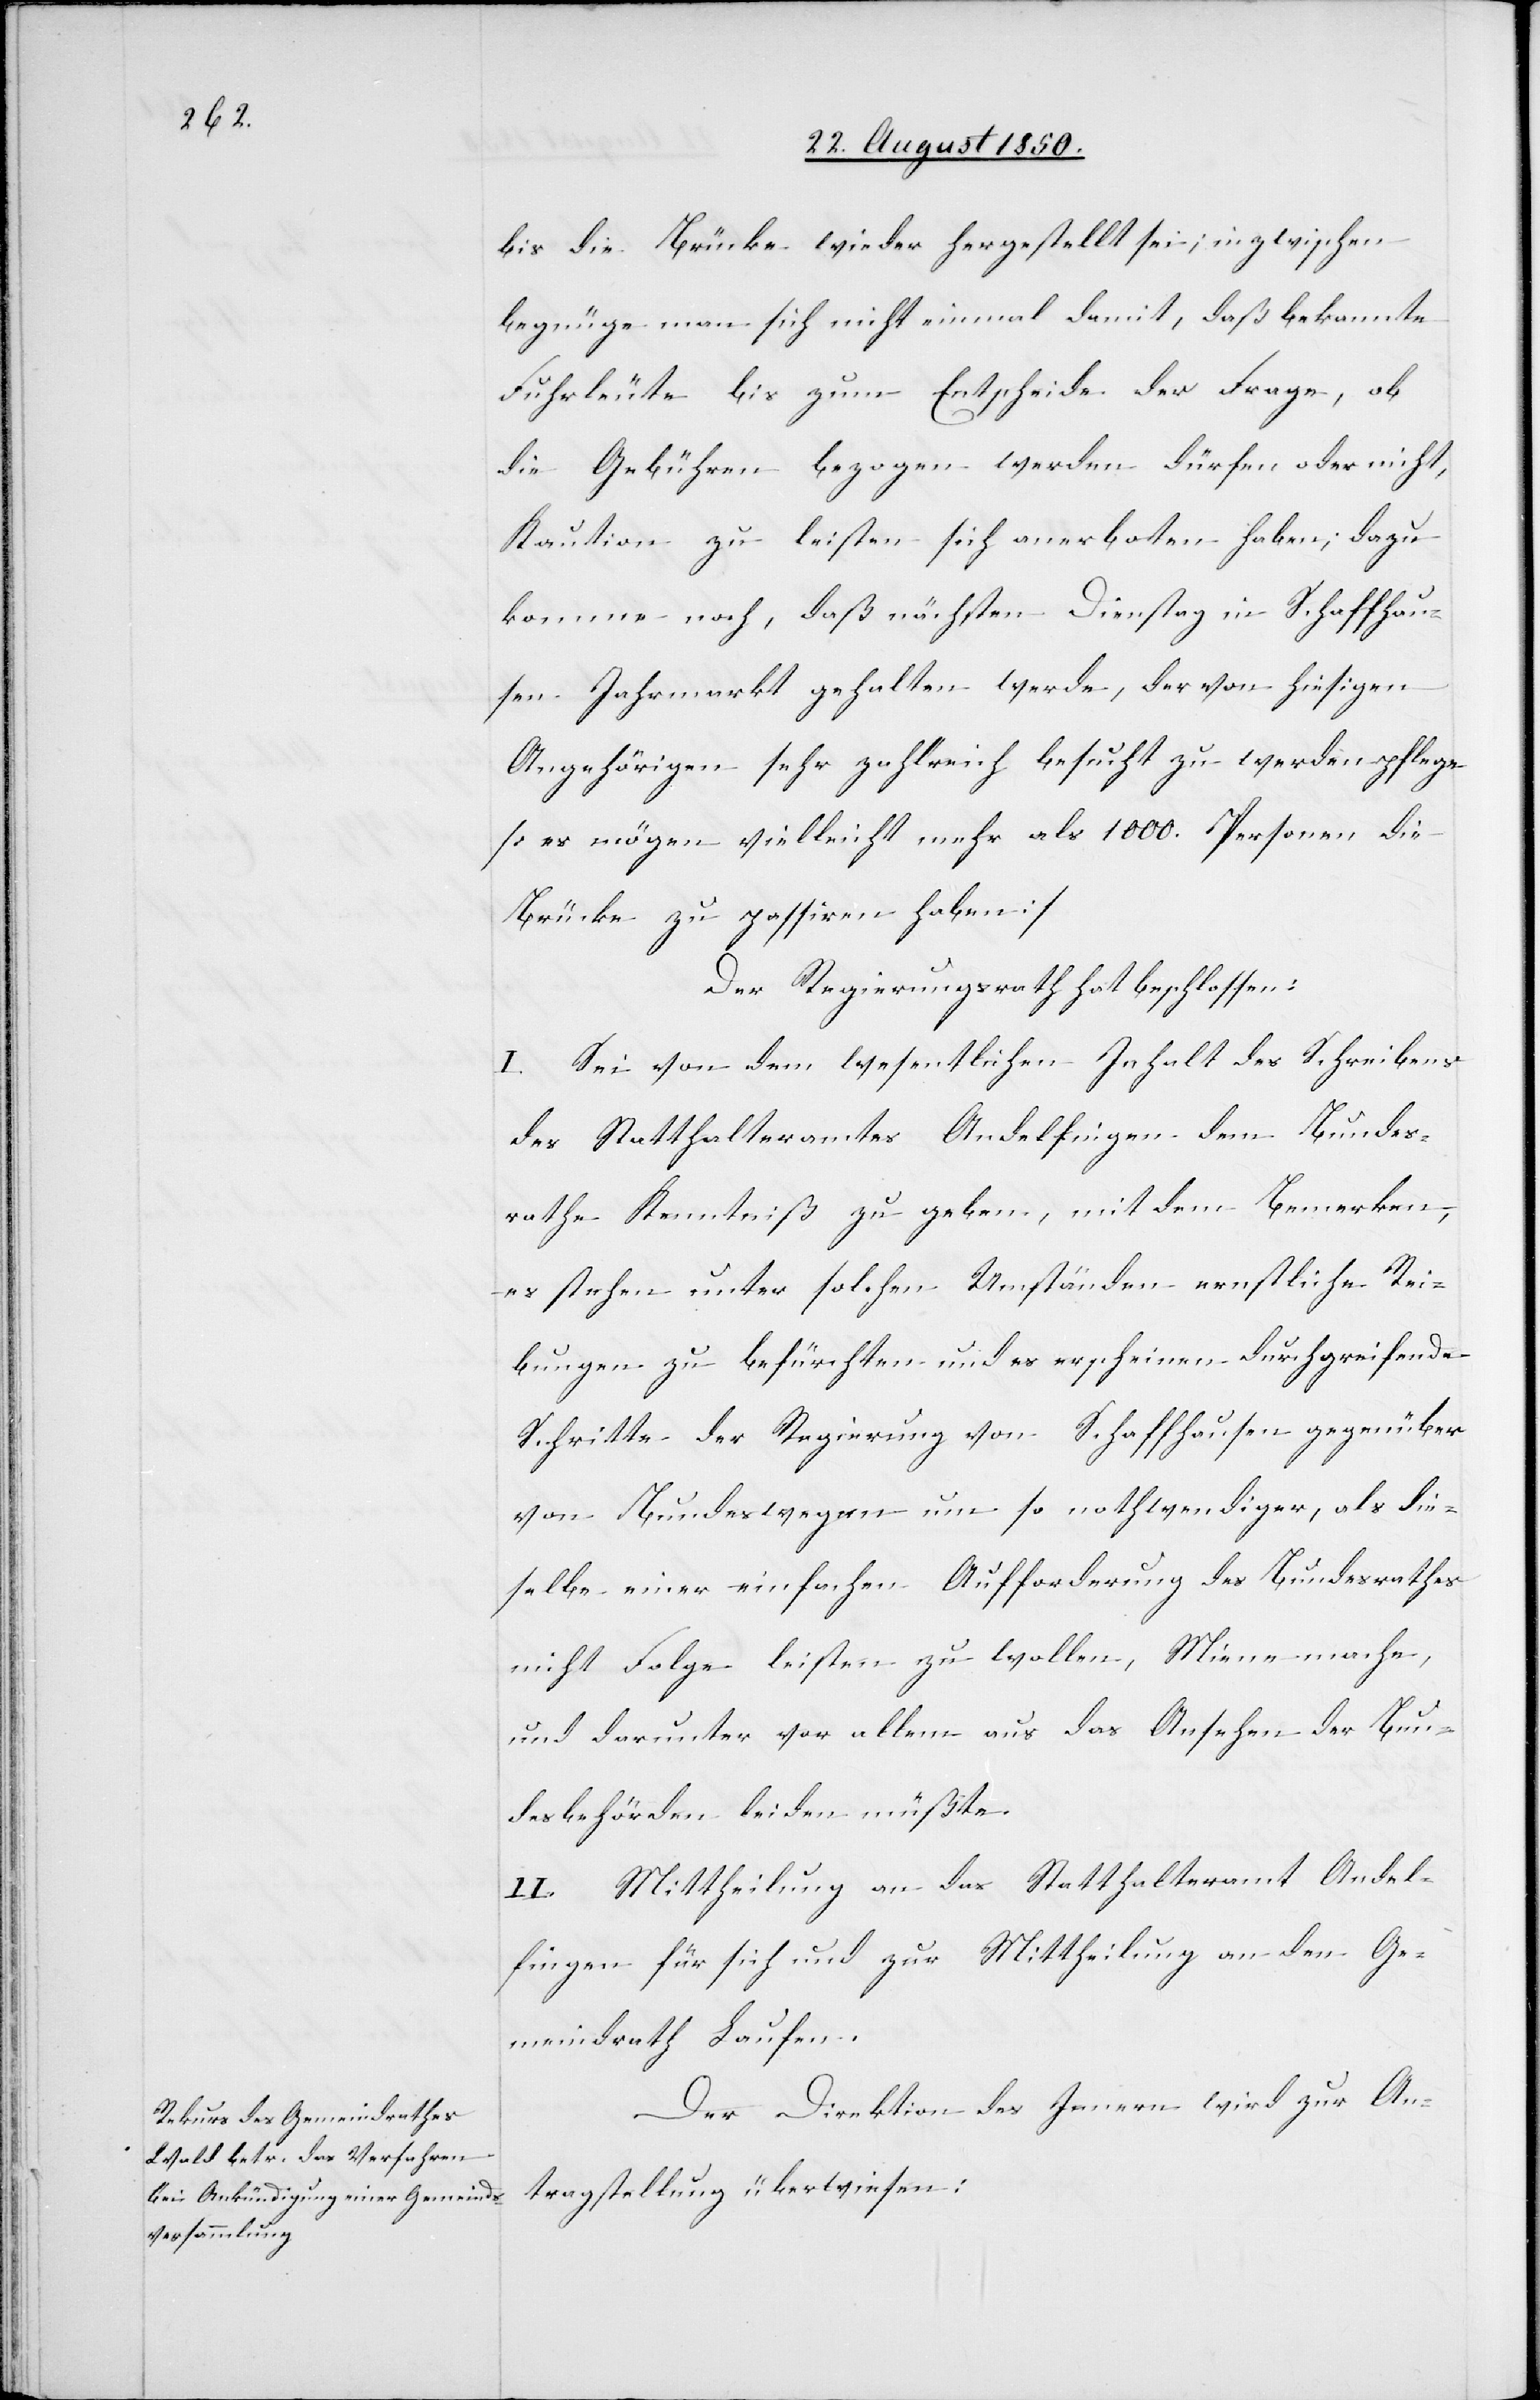
bis die Brücke wieder hergestellt sei; inzwischen
begnüge man sich nicht einmal damit, daß bekannte
Fuhrleute bis zum Entscheide der Frage, ob
die Gebühren bezogen werden dürfen oder nicht,
Kaution zu leisten sich anerboten haben; dazu
komme noch, daß nächsten Dienstag in Schaffhau¬
sen Jahrmarkt gehalten werde, der von hiesigen
Angehörigen sehr zahlreich besucht zu werden pflege
[es mögen vielleicht mehr als 1000. Personen die
Brücke zu passiren haben]
Der Regierungsrath hat beschlossen:
I. Sei von dem wesentlichen Inhalt des Schreibens
des Statthalteramtes Andelfingen dem Bundes¬
rathe Kenntniß zu geben, mit dem Bemerken,
es stehen unter solchen Umständen ernstliche Rei¬
bungen zu befürchten und es erscheinen durchgreifende
Schritte der Regierung von Schaffhausen gegenüber
von Bundeswegen um so nothwendiger, als die¬
selbe einer einfachen Aufforderung des Bundesrathes
nicht Folge leisten zu wollen, Miene mache,
und darunter vor allem aus das Ansehen der Bun¬
desbehörden leiden müßte.
II. Mittheilung an das Statthalteramt Andel¬
fingen für sich und zur Mittheilung an den Ge¬
meindrath Laufen.
Der Direktion des Innern wird zur An¬
tragstellung überwiesen: